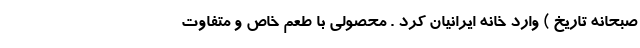
صبحانه تاریخ ) وارد خانه ایرانیان کرد . محصولی با طعم خاص و متفاوت